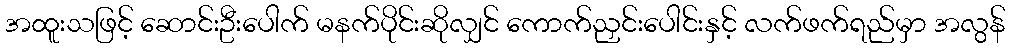
အထူးသဖြင့် ဆောင်းဦးပေါက် မနက်ပိုင်းဆိုလျှင် ကောက်ညှင်းပေါင်းနှင့် လက်ဖက်ရည်မှာ အလွန်